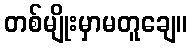
တစ်မျိုးမှာမတူချေ။